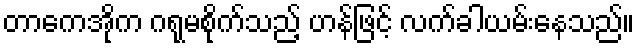
တာကေအိုက ဂရုမစိုက်သည့် ဟန်ဖြင့် လက်ခါယမ်းနေသည်။